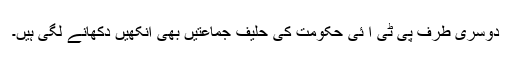
دوسری طرف پی ٹی آ ئی حکومت کی حلیف جماعتیں بھی آنکھیں دکھانے لگی ہیں۔